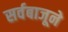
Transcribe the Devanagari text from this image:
सर्वबाजूने